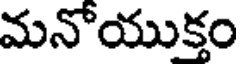
మనోయుక్తం